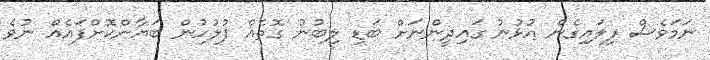
ނަމަވެސް ފިލައިގެން އުޅުނު ގައިދީންނަށް ބަޑި ލިބުނު ގޮތެއް ފުލުހުން ބަޔާންކޮށްފައެއް ނުވެ